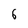
Character: 6